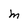
Character: M